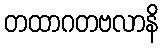
တထာဂတဗလာနိ